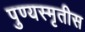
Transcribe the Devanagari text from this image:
पुण्यस्मृतीस